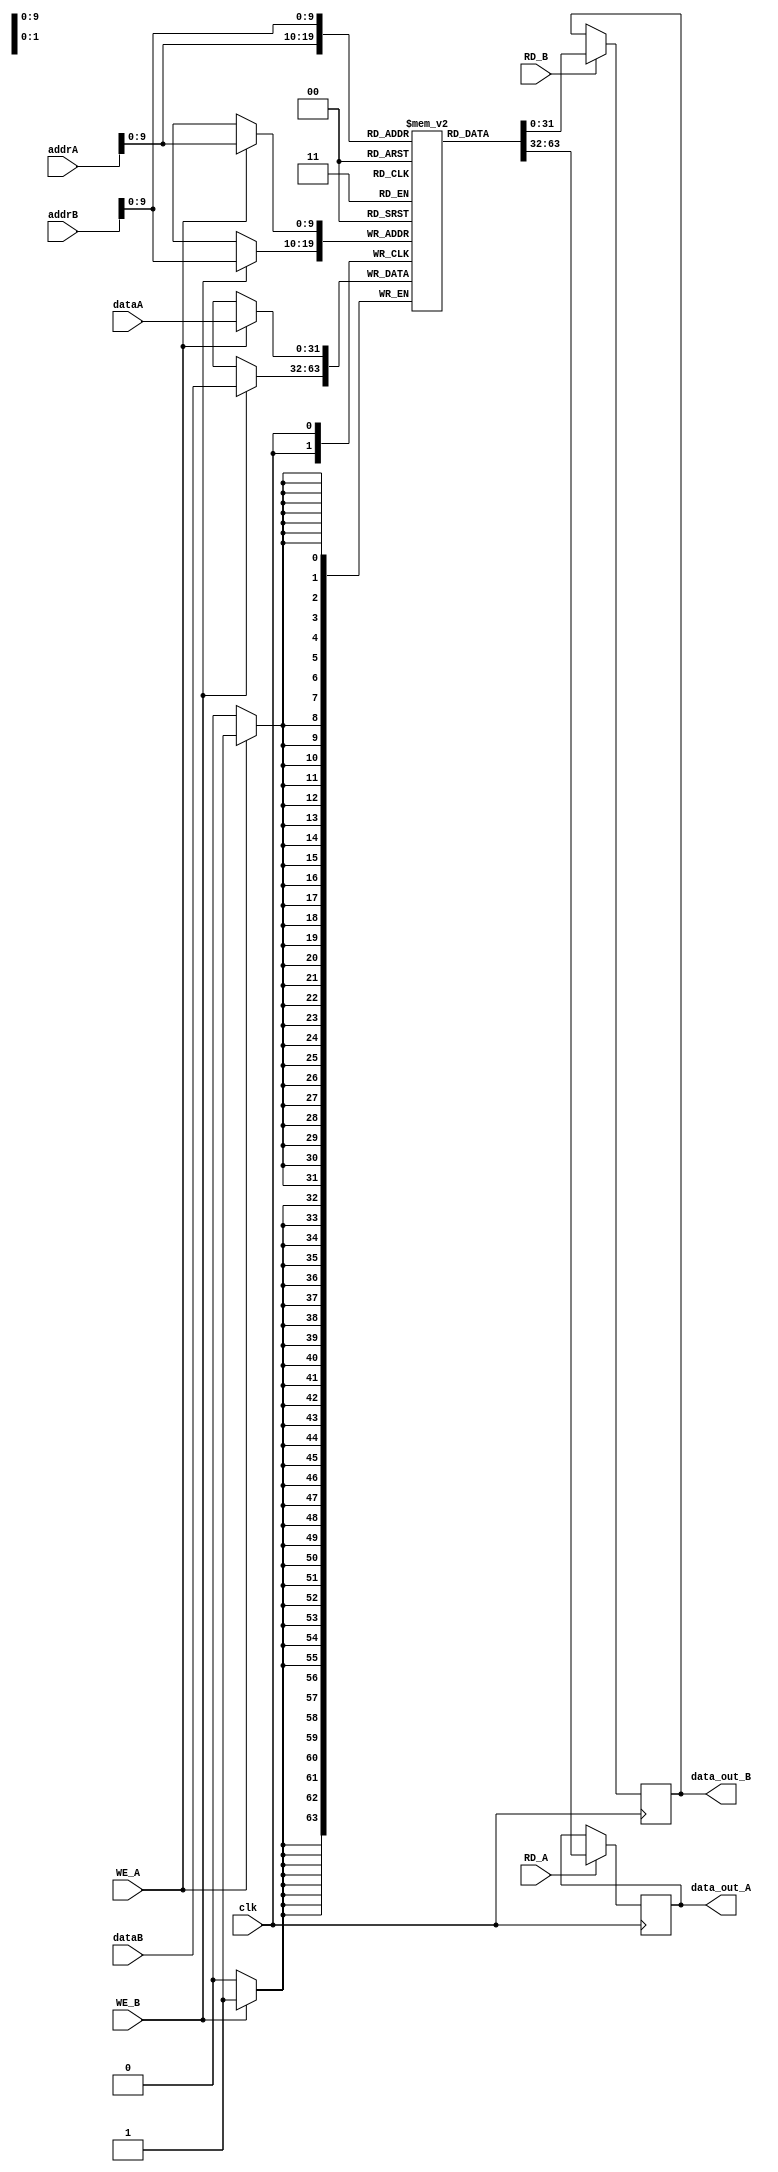
module dual_port_ram (
    input wire clk,
    input wire[31:0] addrA,
    input wire[31:0] addrB,
    input wire[31:0] dataA,
    input wire[31:0] dataB,
    input wire WE_A,
    input wire WE_B,
    input wire RD_A,
    input wire RD_B,
    output reg[31:0] data_out_A,
    output reg[31:0] data_out_B
);

reg[31:0] mem[0:1023];

always @(posedge clk) begin
    if (WE_A) begin
        mem[addrA] <= dataA;
    end
    if (WE_B) begin
        mem[addrB] <= dataB;
    end
    if (RD_A) begin
        data_out_A <= mem[addrA];
    end
    if (RD_B) begin
        data_out_B <= mem[addrB];
    end
end

endmodule